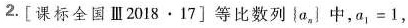
2.[课标全国III2018·17] 等比数列{a_{n} }中，a_{1}=1,